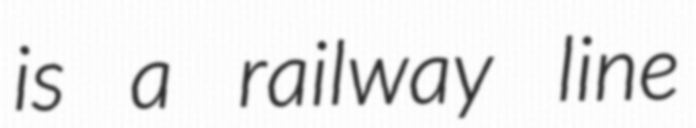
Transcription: is a railway line